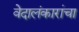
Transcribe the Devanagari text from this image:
वेदालंकारांचा